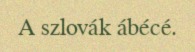
A szlovák ábécé.